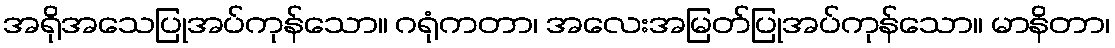
အရိုအသေပြုအပ်ကုန်သော။ ဂရုံကတာ၊ အလေးအမြတ်ပြုအပ်ကုန်သော။ မာနိတာ၊